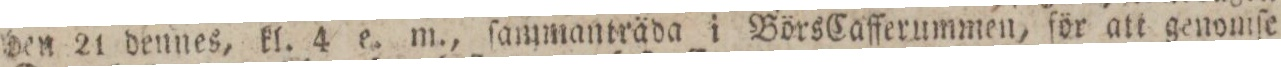
den 21 dennes, kl. 4 e. m., ſammanträda i Börs Cafferummen, för att genomſe